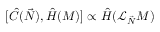
[ { \hat { C } } ( { \vec { N } } ) , { \hat { H } } ( M ) ] \propto { \hat { H } } ( { \mathcal { L } } _ { \vec { N } } M )